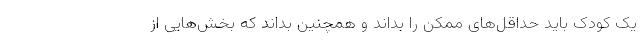
یک کودک باید حداقل‌های ممکن را بداند و همچنین بداند که بخش‌هایی از